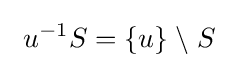
\ u^{-1}S=\{u\}\;\backslash \;S